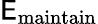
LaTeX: \mathsf{E}_{\mathrm{{maintain}}}